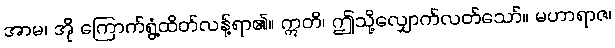
အာမ၊ အို ကြောက်ရွံ့ထိတ်လန့်ရာ၏။ ဣတိ၊ ဤသို့လျှောက်လတ်သော်။ မဟာရာဇ၊